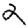
Digit: 2